Civil Veterinary Dept. Assam report 1911-1927 - 1911-1927
Year: 1911
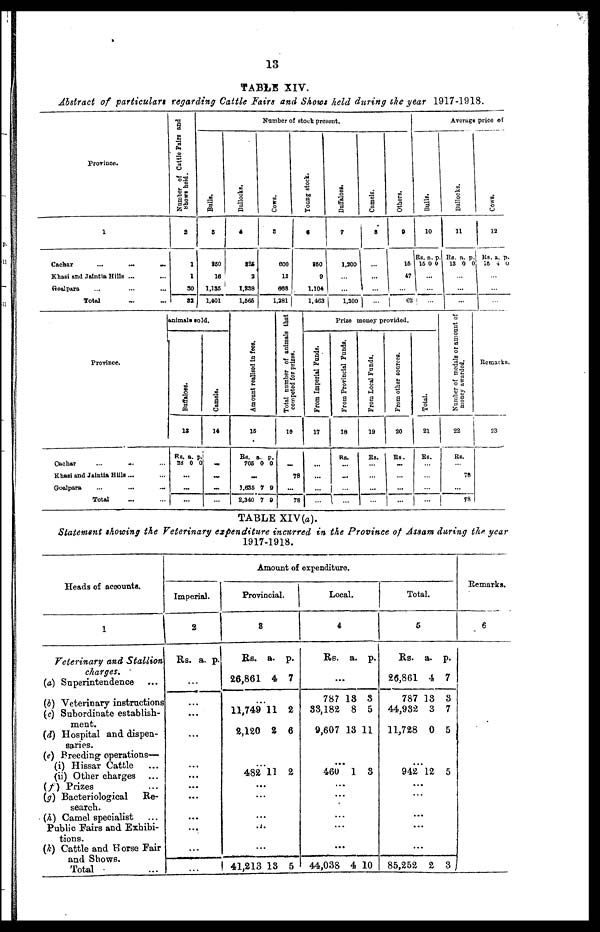
13
TABLE XIV.
Abstract of particulars regarding Cattle Fairs and Shows held during the year 1917-1918.
Province.
1
Cachar
...
...
...
Khasi and Jalntia Hills ... ...
Goalpara ... ... ...
Total ... ...
Number
of Cattle Fairs and
shows held.
2
1
1
30
33
Number of stock present.
Bulls.
3
850
16
1,156
1.401
Bullocks.
4
325
2
1,238
1,565
Cows.
5
800
13
688
1,281
Young stock.
C
850
9
1,104
1,463
Buffaloes.
7
1,200
...
...
1,200
Camels.
8
...
...
... ...
Others.
9
16
47
... 62
Average price of
Bulls.
10
Rs.
15
a.
0
p
0
...
...
...
Bullocks.
11
Rs.
13
a.
0
p.
0
...
...
...
Cows .
12
Rs.
15
a.
4
p.
0
...
...
...
Province.
Cachar ... ... ...
Khasi and Jaintia Hills ... ...
Goalpara ... ... ...
Total ... ...
animals sold.
Buf f
al oes .
13
Rs.
38
a.
0
p.
0
...
...
...
Camels.
14
...
...
...
...
Amo u n t realised in fees.
15
Rs.
706
a.
0
p.
0
...
1,635
2,340
7
7
9
8
Total number of animals that
competed for prizes.
16
...
78
...
78
Prize money provided.
From Imperial Funds.
17
...
...
...
...
From Provincial Funds.
18
Rs.
...
...
...
...
From Local Funds.
19
Rs.
...
...
...
...
From other sources.
20
Rs.
...
...
...
...
Total.
21
Rs.
...
...
...
...
Number of medals or amount of
money awarded.
22
Rs.
...
78
...
78
Remarks.
23
TABLE XIV(a).
Statement showing the Veterinary expenditure incurred in the Province of Assam during the year
1917-1918.
Heads of acoounts.
1
Veterinary and Stallion
charges.
(a) Superintendence ...
(b) Veterinary instructions
(c) Subordinate establish-
ment.
(d) Hospital and dispen-
saries.
(e) Breeding operations—
(i) Hissar Cattle ...
(ii) Other charges ...
(f) Prizes ...
(g) Bacteriological
Re-
search.
(A) Camel specialist
Public Fairs and Exhibi-
tions.
(k) Cattle and Horse Fair
and Shows.
Total ...
Amount
of
expenditure.
Imperial.
2
Rs. a. p.
...
...
...
...
...
...
...
...
...
...
...
...
Provincial.
3
Rs.
26,861
a.
4
p.
7
...
11,749
2,120
11
2
2
6
...
482 11 2
...
...
...
...
...
41,213 18 5
Local.
4
Rs. a. p.
...
787
88,182
9,607
18
8
18
3
5
11
...
460 1 8
...
...
...
...
...
44,038 4 10
Total.
5
Rs.
26,861
787
44,982
11,728
a.
4
18
3
0
p.
7
3
7
5
...
942 12 5
...
...
...
...
...
85,252 2 3
Remarks.
6